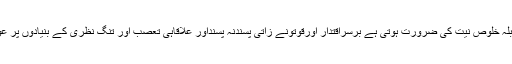
اقتدارہماری منزل نہیں عوام کی خدمت کے لیے اقتدار نہی بلہ خلوص نیت کی ضرورت ہوتی ہے برسراقتدار اورقوتونے زاتی پسندنہ پسنداور علاقاہی تعصب اور تنگ نظری کے بنیادوں پر عوام کو تقسیم کرنے اور مایوسی کے علاوہ کچھ نہیں دئیے ۔